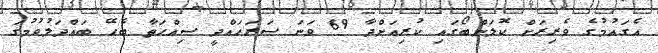
އެގައުމުގެ ވެރިރަށް ކޮލަންބޯގައި ކުރިއަށްދާ 69 ވަނަ ސަރަހައްދީ ސިއްހަތާ ބެހޭ ބައްދަލުވުމުގަ